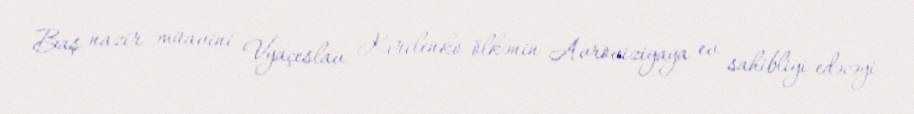
Baş nazir müavini Vyaçeslav Kırılenko ölkənin Avroviziyaya ev sahibliyi edəcəyi